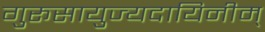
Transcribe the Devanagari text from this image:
गुरूसायुज्यदायिनीम्